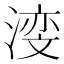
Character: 𪶺